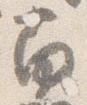
南